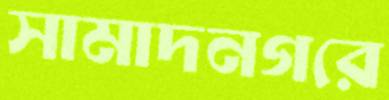
সামাদনগরে